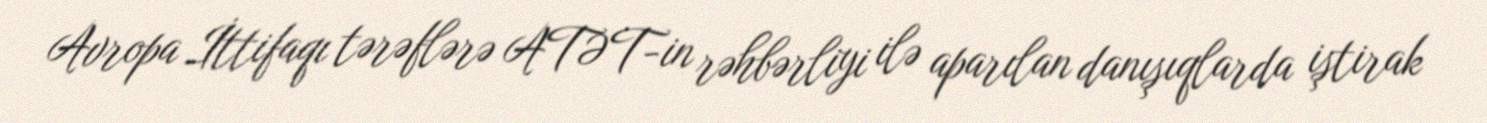
Avropa İttifaqı tərəflərə ATƏT-in rəhbərliyi ilə aparılan danışıqlarda iştirak